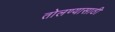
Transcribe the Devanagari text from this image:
तोलण्यासाठी